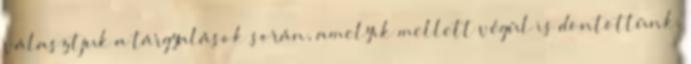
választjuk a tárgyalások során, amelyik mellett végül is döntöttünk.